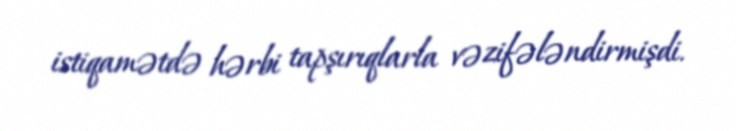
istiqamətdə hərbi tapşırıqlarla vəzifələndirmişdi.